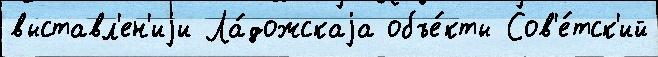
выставл'ен'иjи Ла́дожскаjа объе́кты Сов'е́тск'ий